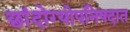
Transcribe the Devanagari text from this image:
छांदोग्योपनिषदात